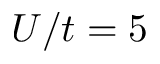
U / t = 5